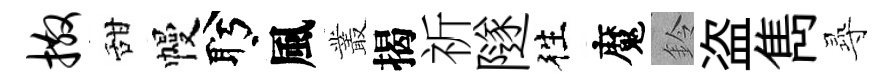
撒甜幔盻風叢揭祈隧徃魔鈴盗雋𡬶